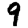
Digit: 9